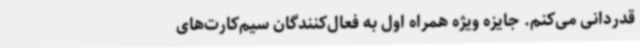
قدردانی می‌کنم. جایزه ویژه همراه اول به فعال‌کنندگان سیم‌کارت‌های